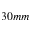
3 0 m m